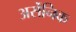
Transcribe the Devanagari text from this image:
अर्सेनिक